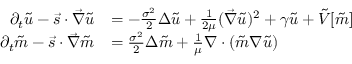
\begin{array} { r l } { \partial _ { t } \tilde { u } - \vec { s } \cdot \vec { \nabla } \tilde { u } } & { = - \frac { \sigma ^ { 2 } } { 2 } \Delta { \tilde { u } } + \frac { 1 } { 2 \mu } ( \vec { \nabla } \tilde { u } ) ^ { 2 } + \gamma \tilde { u } + \tilde { V } [ \tilde { m } ] } \\ { \partial _ { t } \tilde { m } - \vec { s } \cdot \vec { \nabla } \tilde { m } } & { = \frac { \sigma ^ { 2 } } { 2 } \Delta \tilde { m } + \frac { 1 } { \mu } \nabla \cdot ( \tilde { m } \nabla \tilde { u } ) } \end{array}